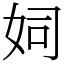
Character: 㚸